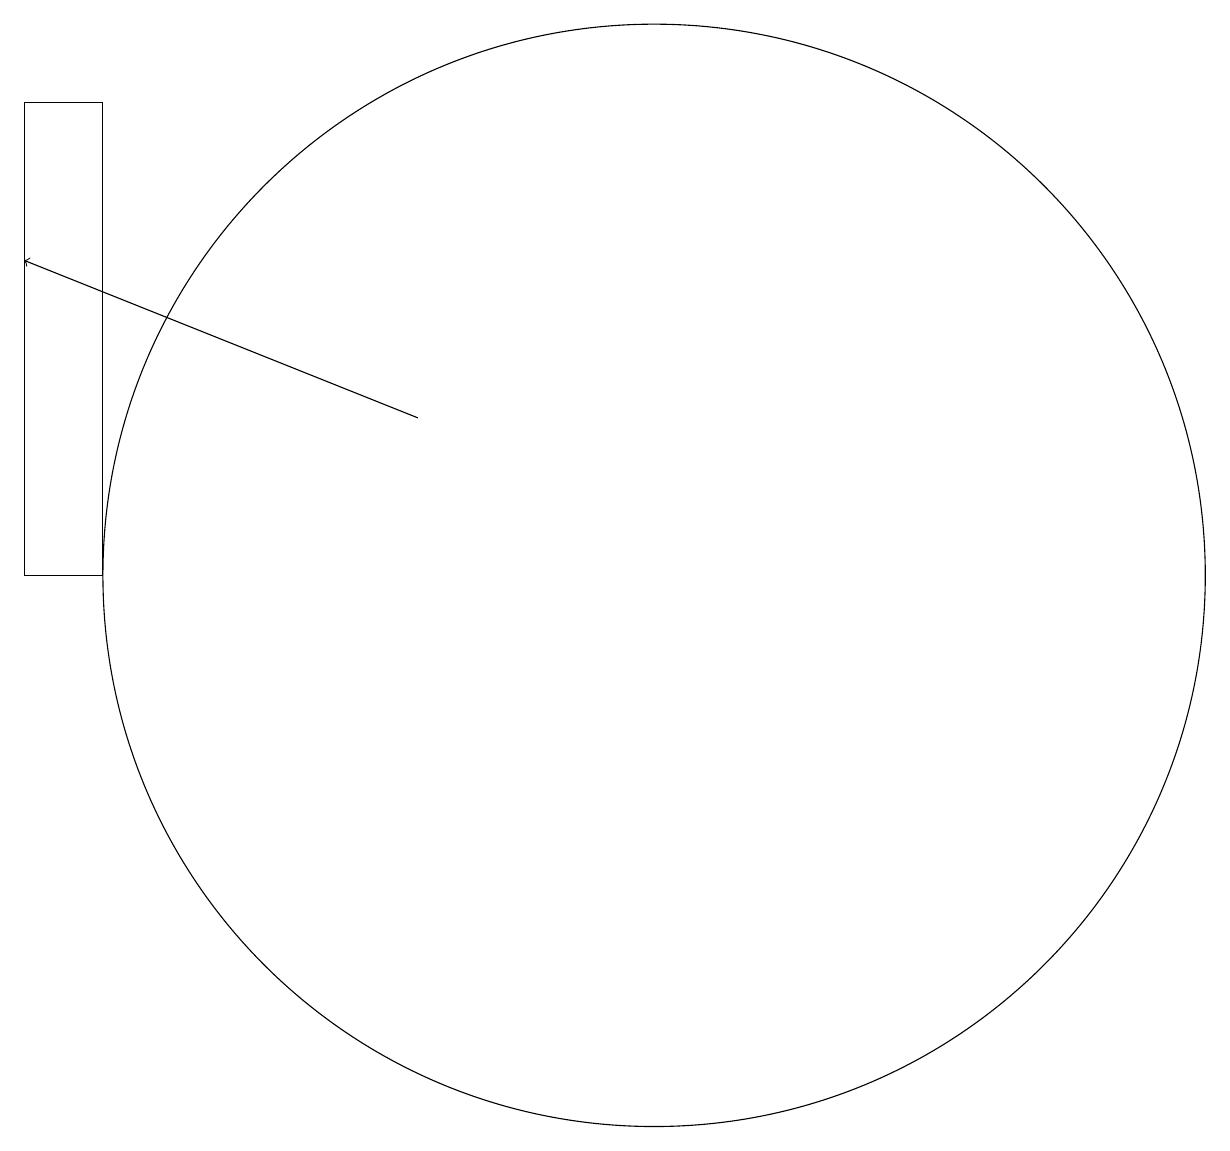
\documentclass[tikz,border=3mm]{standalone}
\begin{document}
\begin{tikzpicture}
\draw (11,11) circle (7);
\draw (3,11) rectangle (4,17);
\draw[->] (8,13) -- (3,15);
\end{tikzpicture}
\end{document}